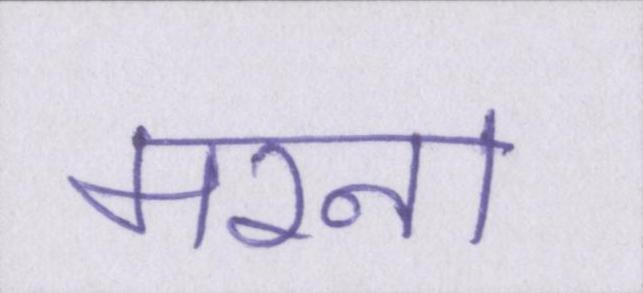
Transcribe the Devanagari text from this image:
मरना